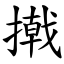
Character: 撠